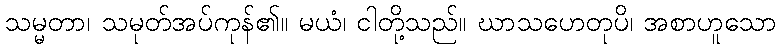
သမ္မတာ၊ သမုတ်အပ်ကုန်၏။ မယံ၊ ငါတို့သည်။ ဃာသဟေတုပိ၊ အစာဟူသော